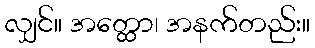
လျှင်။ အတ္ထော၊ အနက်တည်း။